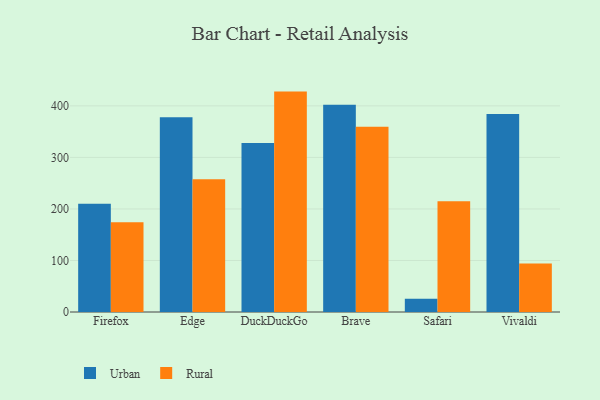
{"axis": {"x": "Browser", "y": "Production Output"}, "legend": ["Rural", "Urban"], "data": [{"x": "Firefox", "y": 210.2, "type": "Urban"}, {"x": "Firefox", "y": 174.1, "type": "Rural"}, {"x": "Edge", "y": 378.0, "type": "Urban"}, {"x": "Edge", "y": 257.5, "type": "Rural"}, {"x": "DuckDuckGo", "y": 328.0, "type": "Urban"}, {"x": "DuckDuckGo", "y": 427.7, "type": "Rural"}, {"x": "Brave", "y": 402.2, "type": "Urban"}, {"x": "Brave", "y": 359.5, "type": "Rural"}, {"x": "Safari", "y": 25.7, "type": "Urban"}, {"x": "Safari", "y": 214.9, "type": "Rural"}, {"x": "Vivaldi", "y": 384.3, "type": "Urban"}, {"x": "Vivaldi", "y": 94.2, "type": "Rural"}]}